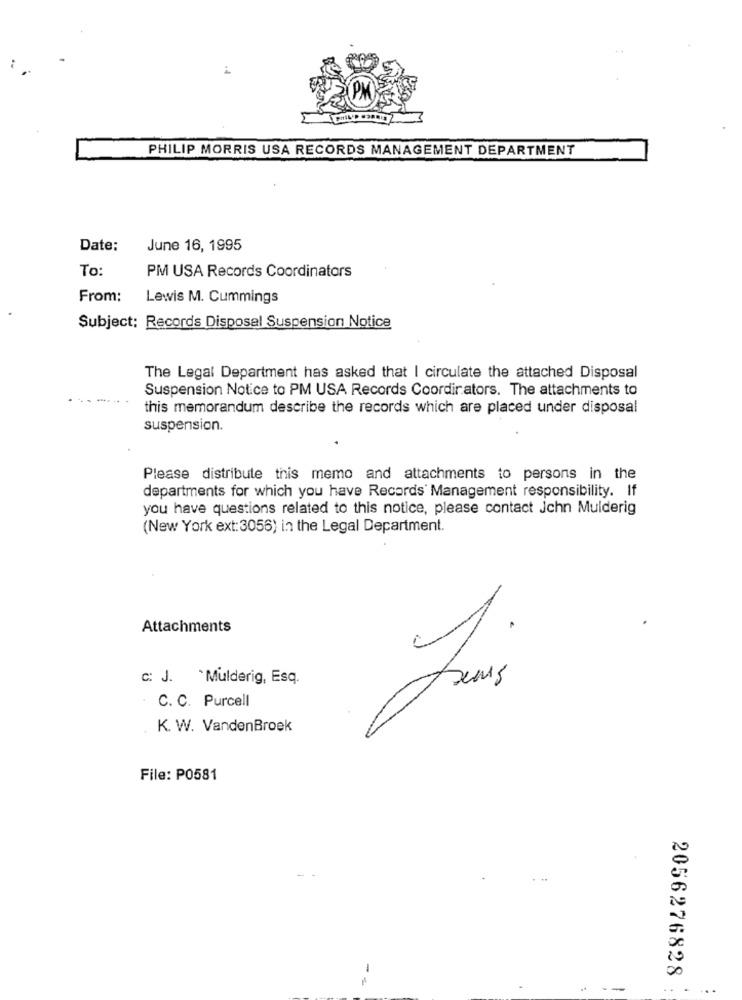
PHILIP MORRIS USA RECORDS MANAGEMENT DEPARTMENT
Date:
June 16, 1995
To:
PM USA Records Coordinators
From:
Lewis M. Cummings
Subject: Records Disposal Suspension Notice
The Legal Department has asked that I circulate the attached Disposal
Suspension Notice to PM USA Records Coordinators. The attachments to
this memorandum describe the records which are placed under disposal
suspension.
Please distribute this memo and attachments to persons in the
departments for which you have Records Management responsibility. If
you have questions related to this notice, please contact Jchn Mulderig
(New York ext:3056) in the Legal Department.
Attachments
C: J. Mulderig, Esq.
Sens
C. C. Purcell
K. W. VandenBroek
File: P0581
-
2056276828
...